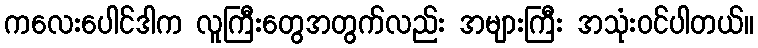
ကလေးပေါင်ဒါက လူကြီးတွေအတွက်လည်း အများကြီး အသုံးဝင်ပါတယ်။